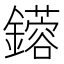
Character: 𨮥